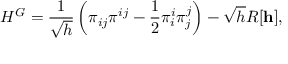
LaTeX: { } H ^ { G } = \frac { 1 } { \sqrt { h } } \left( { \pi } _ { i j } { \pi } ^ { i j } - \frac { 1 } { 2 } { \pi } _ { i } ^ { i } { \pi } _ { j } ^ { j } \right) - \sqrt { h } R [ { \bf h } ] ,